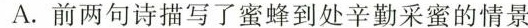
A. 前两句诗描写了蜜蜂到处辛勤采蜜的情景